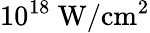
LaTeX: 10^{18}\ \mathrm{W/cm^{2}}